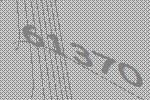
61370